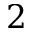
2